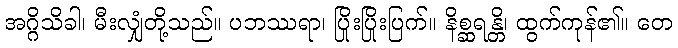
အဂ္ဂိသိခါ၊ မီးလျှံတို့သည်။ ပဘဿရာ၊ ပြိုးပြိုးပြက်။ နိစ္ဆရန္တိ၊ ထွက်ကုန်၏။ တေ